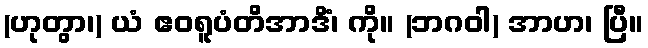
(ဟုတွာ၊) ယံ ဧဝရူပံတိအာဒိံ၊ ကို။ (ဘဂဝါ) အာဟ၊ ပြီ။